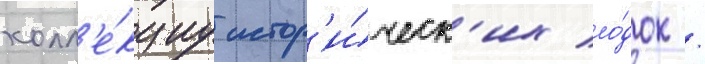
колл'е́кциу истор'и́ческ'их ло́док /